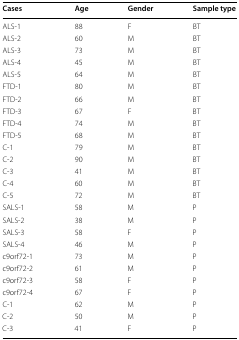
| Cases | Age | Gender | Sample type |
 | --- | --- | --- | --- |
 | ALS-1 | 88 | F | BT |
 | ALS-2 | 60 | M | BT |
 | ALS-3 | 73 | M | BT |
 | ALS-4 | 45 | M | BT |
 | ALS-5 | 64 | M | BT |
 | FTD-1 | 80 | M | BT |
 | FTD-2 | 66 | M | BT |
 | FTD-3 | 67 | F | BT |
 | FTD-4 | 74 | M | BT |
 | FTD-5 | 68 | M | BT |
 | C-1 | 79 | M | BT |
 | C-2 | 90 | M | BT |
 | C-3 | 41 | M | BT |
 | C-4 | 60 | M | BT |
 | C-5 | 72 | M | BT |
 | SALS-1 | 58 | M | P |
 | SALS-2 | 38 | M | P |
 | SALS-3 | 58 | F | P |
 | SALS-4 | 46 | M | P |
 | c9orf72-1 | 73 | M | P |
 | c9orf72-2 | 61 | M | P |
 | c9orf72-3 | 58 | F | P |
 | c9orf72-4 | 67 | F | P |
 | C-1 | 62 | M | P |
 | C-2 | 50 | M | P |
 | C-3 | 41 | F | P |